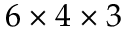
6 \times 4 \times 3